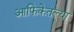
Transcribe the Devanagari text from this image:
आफिकेतल्या